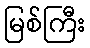
မြစ်ကြီး